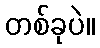
တစ်ခုပဲ။